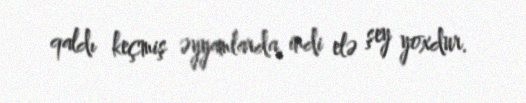
qaldı keçmiş əyyamlarda, indi elə şey yoxdur.